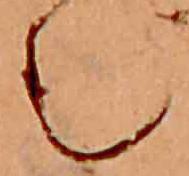
む